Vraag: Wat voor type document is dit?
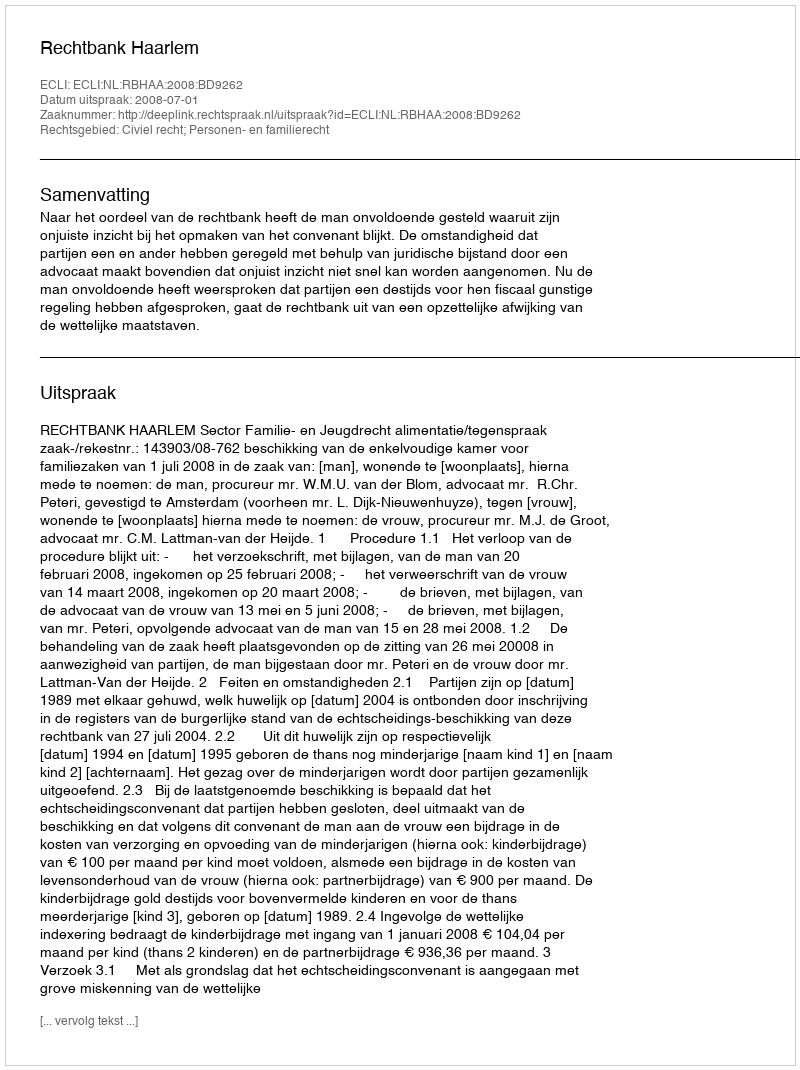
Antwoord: Uitspraak